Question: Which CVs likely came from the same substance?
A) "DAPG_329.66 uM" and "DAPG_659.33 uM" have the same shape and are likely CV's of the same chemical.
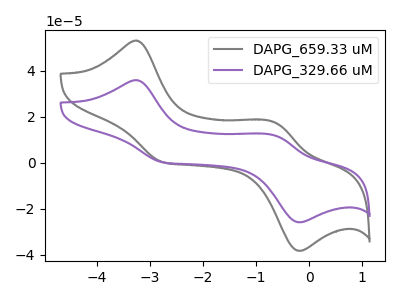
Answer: <think>The gray curve "DAPG_659.33 uM" has anodic peaks at (-3.25V, 53.05uA) (-0.65V, 17.45uA) and cathodic peaks at (-2.75V, 0.25uA) (-0.20V, -38.30uA). The purple curve "DAPG_329.66 uM" has anodic peaks at (-3.25V, 35.85uA) (-0.65V, 11.80uA) and cathodic peaks at (-2.75V, 0.15uA) (-0.20V, -25.90uA).
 All the peaks in "DAPG_659.33 uM" have a peak in "DAPG_329.66 uM" at the same potential.</think>
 <answer>A) "DAPG_329.66 uM" and "DAPG_659.33 uM" have the same shape and are likely CV's of the same chemical.</answer>
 <eval>A</eval>